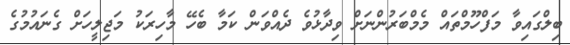
ބިލްގައިވާ މަފްހޫމްތައް މެމްބަރުންނަށް ވިދާޅުވެ ދެއްވަަން ކަމާ ބެހޭ މާހިރަކު މަޖިލީހަށް ގެނައުމުގެ